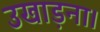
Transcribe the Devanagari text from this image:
उखाड़ना।